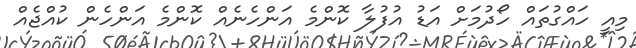
މިއީ ހައްގުތައް ހޯދުމަށް އަޑު އުފުލާ ކޮންމެ އަންހެނެއް ކޮންމެ އަންހެން ކުއްޖެއް